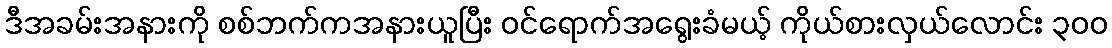
ဒီအခမ်းအနားကို စစ်ဘက်ကအနားယူပြီး ဝင်ရောက်အရွေးခံမယ့် ကိုယ်စားလှယ်လောင်း ၃ဝဝ